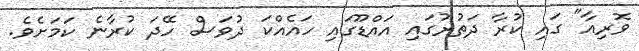
ވޮރިއާ" ގައި ކުރާ ދަތުރުގައި އައްޑޫގައި ހައެއްކަ ދުވަސް ހޭދަ ކުރާނެ ކަމަށެވެ.